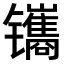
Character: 𫔔